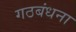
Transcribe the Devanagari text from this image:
गठबंधना